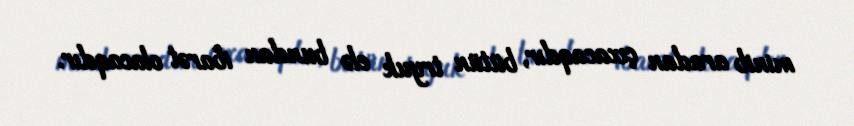
minib aradan çıxacaqdır, bütün tryuk elə bundan ibarət olacaqdır.